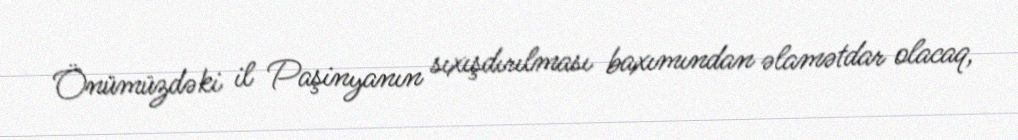
Önümüzdəki il Paşinyanın sıxışdırılması baxımından əlamətdar olacaq,